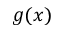
g ( x )